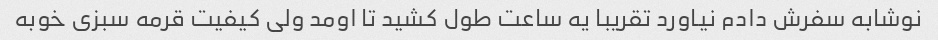
نوشابه سفرش دادم نیاورد تقریبا یه ساعت طول کشید تا اومد ولی کیفیت قرمه سبزی خوبه